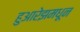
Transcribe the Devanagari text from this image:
हुआरेझमधून